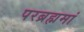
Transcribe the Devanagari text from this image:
परब्रह्ममां